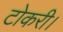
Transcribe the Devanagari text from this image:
टोकरी।